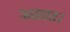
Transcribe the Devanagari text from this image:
असतत।